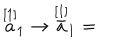
LaTeX: \stackrel { \lbrack 1 ] } { a } _ { 1 } \rightarrow \stackrel { [ 1 ] } { \bar { a } } _ { 1 } =